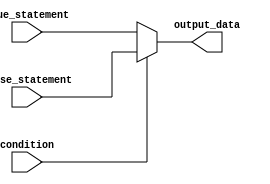
module if_else_statement (
    input condition,
    input [7:0] true_statement,
    input [7:0] false_statement,
    output reg [7:0] output_data
);

always @(*) begin
    if (~condition) begin
        output_data = true_statement;
    end
    else begin
        output_data = false_statement;
    end
end

endmodule